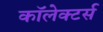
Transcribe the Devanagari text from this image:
कॉलेक्टर्स